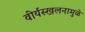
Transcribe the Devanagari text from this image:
वीर्यस्खलनामुळे